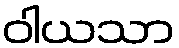
ဝါယသာ